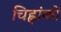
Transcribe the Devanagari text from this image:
चिह्नांकों